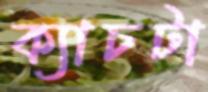
ক্যাচটা